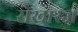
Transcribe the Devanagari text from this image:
सेखारज